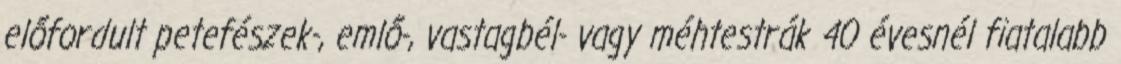
előfordult petefészek-, emlő-, vastagbél- vagy méhtestrák 40 évesnél fiatalabb